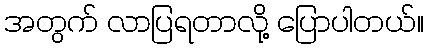
အတွက် လာပြရတာလို့ ပြောပါတယ်။